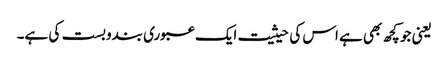
یعنی جو کچھ بھی ہے اس کی حیثیت ایک عبوری بندوبست کی ہے۔